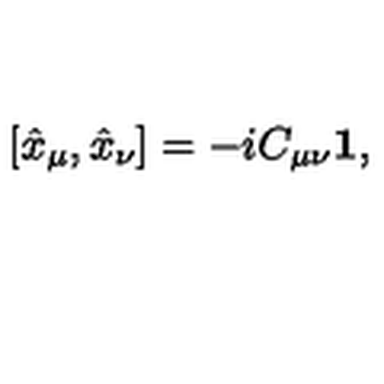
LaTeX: [ \hat { x } _ { \mu } , \hat { x } _ { \nu } ] = - i C _ { \mu \nu } { \bf 1 } ,